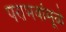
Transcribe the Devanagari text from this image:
पराभवांमूळे